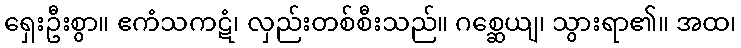
ရှေးဦးစွာ။ ဧကံသကဋံ၊ လှည်းတစ်စီးသည်။ ဂစ္ဆေယျ၊ သွားရာ၏။ အထ၊